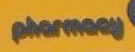
pharmacy